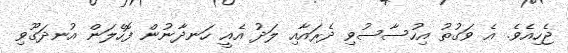
ޖެހިއެވެ. އެ ވަގުތު އިހުސާސުވި ދެރައާއި ލަދު އެއީ ހަނދާނުން ފޮހެލަން އުނދަގޫވި